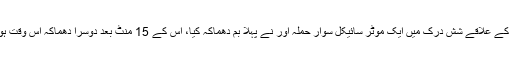
برطانوی نشریاتی ادارے کے مطابق پیر کی صبح کابل کے علاقے شش درک میں ایک موٹر سائیکل سوار حملہ آور نے پہلا بم دھماکہ کیا، اس کے 15 منٹ بعد دوسرا دھماکہ اس وقت ہوا جب جائے حادثہ پر کئی افراد اور صحافی جمع ہوئے۔